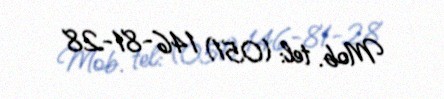
Mob. tel: (051) 146-81-28